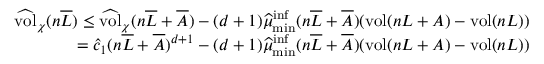
\begin{array} { r } { \widehat { \mathrm { v o l } } _ { \chi } ( n \overline { L } ) \leq \widehat { \mathrm { v o l } } _ { \chi } ( n \overline { L } + \overline { A } ) - ( d + 1 ) \widehat { \mu } _ { \operatorname* { m i n } } ^ { \operatorname* { i n f } } ( n \overline { L } + \overline { A } ) ( \mathrm { v o l } ( n L + A ) - \mathrm { v o l } ( n L ) ) } \\ { = \widehat c _ { 1 } ( n \overline { L } + \overline { A } ) ^ { d + 1 } - ( d + 1 ) \widehat { \mu } _ { \operatorname* { m i n } } ^ { \operatorname* { i n f } } ( n \overline { L } + \overline { A } ) ( \mathrm { v o l } ( n L + A ) - \mathrm { v o l } ( n L ) ) } \end{array}